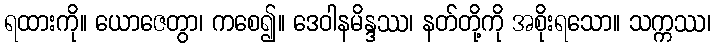
ရထားကို။ ယောဇေတွာ၊ ကစေ၍။ ဒေဝါနမိန္ဒဿ၊ နတ်တို့ကို အစိုးရသော။ သက္ကဿ၊